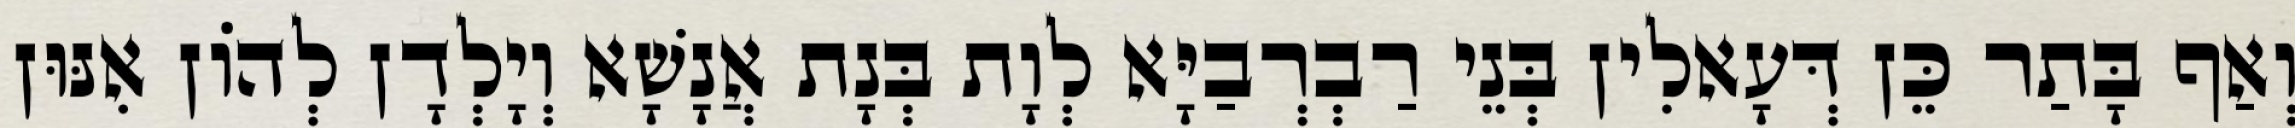
וְאַף בָּתַר כֵּן דְּעָאלִין בְּנֵי רַבְרְבַיָּא לְוָת בְּנָת אֲנָשָׁא וְיָלְדָן לְהוֹן אִנּוּן